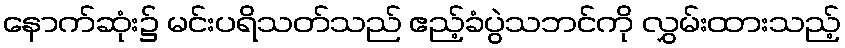
နောက်ဆုံး၌ မင်းပရိသတ်သည် ဧည့်ခံပွဲသဘင်ကို လွှမ်းထားသည့်